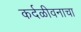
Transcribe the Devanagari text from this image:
कर्दळीवनाचा